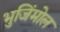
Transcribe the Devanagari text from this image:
भुजिंमोल